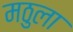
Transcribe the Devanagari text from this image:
मठुला